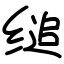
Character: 缒